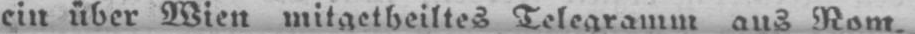
ein über Wien mitgetheiltes Telegramm aus Rom,